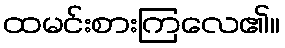
ထမင်းစားကြလေ၏။